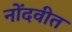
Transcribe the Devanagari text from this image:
नोंदवीत